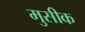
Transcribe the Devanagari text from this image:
मुसीक